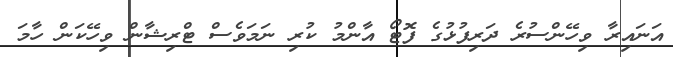
އަނައިރާ ވިހޭންސުރެ ދަރިފުޅުގެ ފޮޓޯ އާންމު ކުރި ނަމަވެސް ޓްރިޝާން ވިހޭކަން ހާމަ